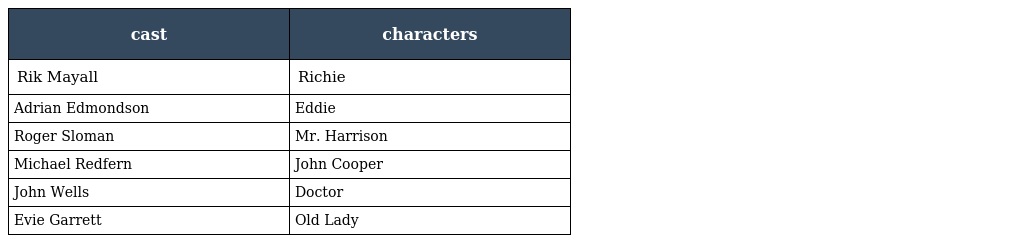
| cast | characters |
 | --- | --- |
 | Rik Mayall | Richie |
 | Adrian Edmondson | Eddie |
 | Roger Sloman | Mr. Harrison |
 | Michael Redfern | John Cooper |
 | John Wells | Doctor |
 | Evie Garrett | Old Lady |